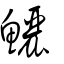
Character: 鱺